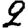
Digit: 2